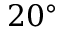
2 0 ^ { \circ }